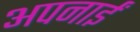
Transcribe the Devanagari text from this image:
अपनाईं